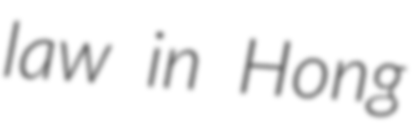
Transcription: law in Hong